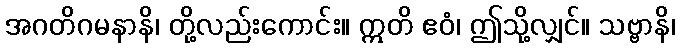
အဂတိဂမနာနိ၊ တို့လည်းကောင်း။ ဣတိ ဧဝံ၊ ဤသို့လျှင်။ သဗ္ဗာနိ၊